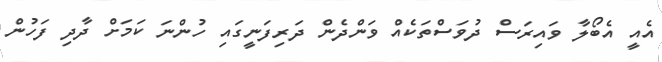
އެއީ އެބޯލާ ވަައިރަސް ދުވަސްތަކެއް ވަންދެން ދަރިފަނީގައި ހުންނަ ކަމަށް ދާދި ފަހުން